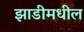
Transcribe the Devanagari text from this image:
झाडीमधील